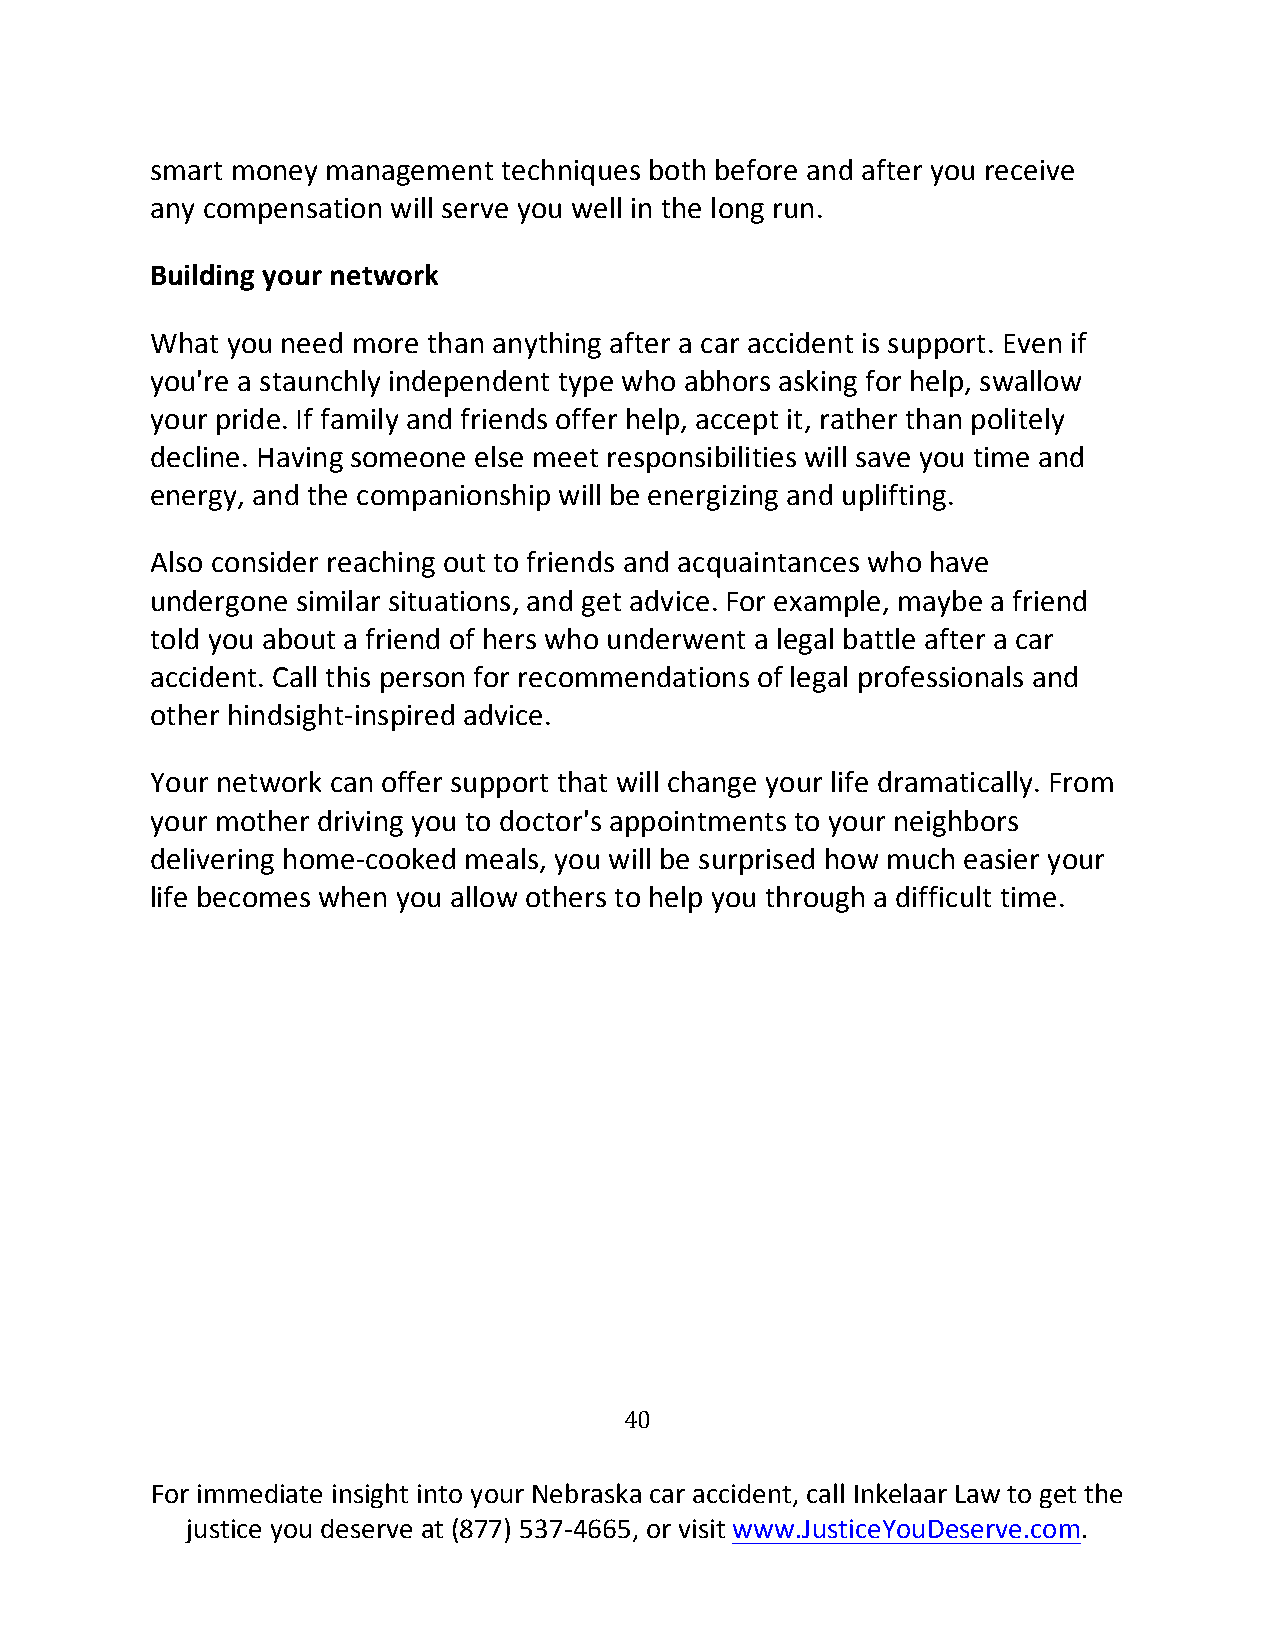
smart money management techniques both before and after you receive
 any compensation will serve you well in the long run.
 Building your network
 What you need more than anything after a car accident is support. Even if
 you're a staunchly independent type who abhors asking for help, swallow
 your pride. If family and friends offer help, accept it, rather than politely
 decline. Having someone else meet responsibilities will save you time and
 energy, and the companionship will be energizing and uplifting.
 Also consider reaching out to friends and acquaintances who have
 undergone similar situations, and get advice. For example, maybe a friend
 told you about a friend of hers who underwent a legal battle after a car
 accident. Call this person for recommendations of legal professionals and
 other hindsight-inspired advice.
 Your network can offer support that will change your life dramatically. From
 your mother driving you to doctor's appointments to your neighbors
 delivering home-cooked meals, you will be surprised how much easier your
 life becomes when you allow others to help you through a difficult time.
 40
 For immediate insight into your Nebraska car accident, call Inkelaar Law to get the
 justice you deserve at (877) 537-4665, or visit www.JusticeYouDeserve.com.